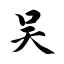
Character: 吴